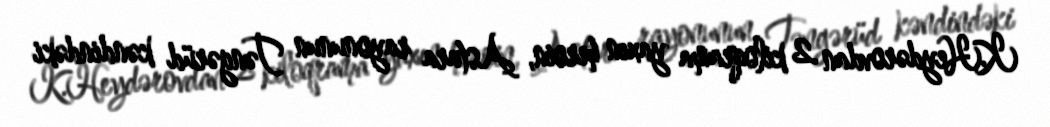
K.Heydərovdan 2 kiloqrama yaxın heroin, Astara rayonunun Təngərüd kəndindəki